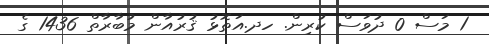
1 މަސް 0 ދުވަސް ކުރިން. ހދ.އަތޮޅު ޤުރުއާން މުބާރާތް 1436 ގެ